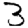
Digit: 3